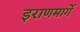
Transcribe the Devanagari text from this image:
इराणमार्गे